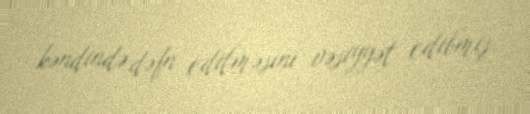
kəndində dəfn edilməsini vəsiyyət edibmiş.